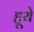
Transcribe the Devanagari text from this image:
हूये